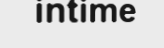
intime